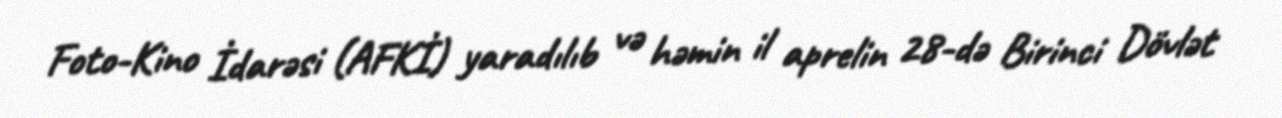
Foto-Kino İdarəsi (AFKİ) yaradılıb və həmin il aprelin 28-də Birinci Dövlət